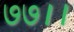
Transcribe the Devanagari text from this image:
७७।।